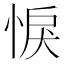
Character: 悷